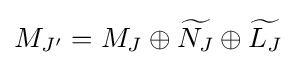
M_{J'}=M_{J}\oplus {\widetilde {N_{J}}}\oplus {\widetilde {L_{J}}}